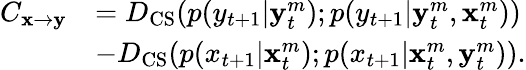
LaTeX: \begin{array}{rl}{C_{\mathbf{x}\rightarrow\mathbf{y}}}&{=D_{\mathrm{CS}}(p(y_{t+1}|\mathbf{y}_{t}^{m});p(y_{t+1}|\mathbf{y}_{t}^{m},\mathbf{x}_{t}^{m}))}\\ &{-D_{\mathrm{CS}}(p(x_{t+1}|\mathbf{x}_{t}^{m});p(x_{t+1}|\mathbf{x}_{t}^{m},\mathbf{y}_{t}^{m})).}\end{array}